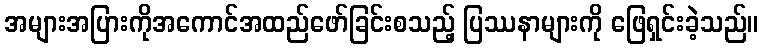
အများအပြားကိုအကောင်အထည်ဖော်ခြင်းစသည့် ပြဿနာများကို ဖြေရှင်းခဲ့သည်။